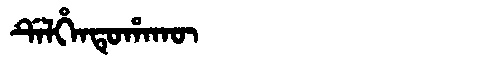
Manchu: ᡩᡝᠯᡥᡝᠨᡨᡠᡥᠠᡴᡡ
Romanization: DELHENTUHAKŪ